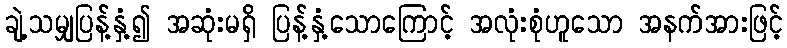
ချဲ့သမျှပြန့်နှံ့၍ အဆုံးမရှိ ပြန့်နှံ့သောကြောင့် အလုံးစုံဟူသော အနက်အားဖြင့်